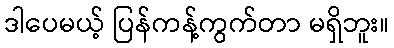
ဒါပေမယ့် ပြန်ကန့်ကွက်တာ မရှိဘူး။